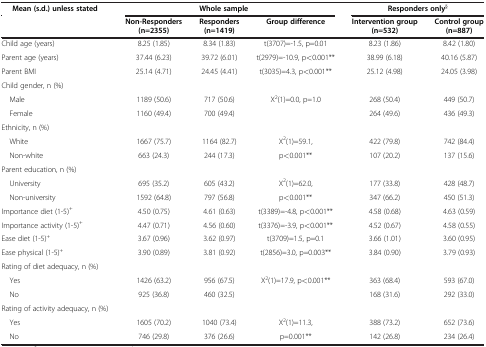
<table><thead><tr><td><b>Mean (s.d.) unless stated</b></td><td><b> </b></td><td colspan="2"><b>Whole sample</b></td><td colspan="2"><b>Responders only<sup>§</sup></b></td></tr><tr><td><b> </b></td><td><b>Non-Responders (n=2355)</b></td><td><b>Responders (n=1419)</b></td><td><b>Group difference</b></td><td><b>Intervention group (n=532)</b></td><td><b>Control group (n=887)</b></td></tr></thead><tbody><tr><td>Child age (years)</td><td>8.25 (1.85)</td><td>8.34 (1.83)</td><td>t(3707)=-1.5, p=0.01</td><td>8.23 (1.86)</td><td>8.42 (1.80)</td></tr><tr><td>Parent age (years)</td><td>37.44 (6.23)</td><td>39.72 (6.01)</td><td>t(2979)=-10.9, p&lt;0.001**</td><td>38.99 (6.18)</td><td>40.16 (5.87)</td></tr><tr><td>Parent BMI</td><td>25.14 (4.71)</td><td>24.45 (4.41)</td><td>t(3035)=4.3, p&lt;0.001**</td><td>25.12 (4.98)</td><td>24.05 (3.98)</td></tr><tr><td>Child gender, n (%)</td><td> </td><td> </td><td> </td><td> </td><td> </td></tr><tr><td> Male</td><td>1189 (50.6)</td><td>717 (50.6)</td><td>X<sup>2</sup>(1)=0.0, p=1.0</td><td>268 (50.4)</td><td>449 (50.7)</td></tr><tr><td> Female</td><td>1160 (49.4)</td><td>700 (49.4)</td><td> </td><td>264 (49.6)</td><td>436 (49.3)</td></tr><tr><td>Ethnicity, n (%)</td><td> </td><td> </td><td> </td><td> </td><td> </td></tr><tr><td> White</td><td>1667 (75.7)</td><td>1164 (82.7)</td><td>X<sup>2</sup>(1)=59.1,</td><td>422 (79.8)</td><td>742 (84.4)</td></tr><tr><td> Non-white</td><td>663 (24.3)</td><td>244 (17.3)</td><td>p&lt;0.001**</td><td>107 (20.2)</td><td>137 (15.6)</td></tr><tr><td>Parent education, n (%)</td><td> </td><td> </td><td> </td><td> </td><td> </td></tr><tr><td> University</td><td>695 (35.2)</td><td>605 (43.2)</td><td>X<sup>2</sup>(1)=62.0,</td><td>177 (33.8)</td><td>428 (48.7)</td></tr><tr><td> Non-university</td><td>1592 (64.8)</td><td>797 (56.8)</td><td>p&lt;0.001**</td><td>347 (66.2)</td><td>450 (51.3)</td></tr><tr><td>Importance diet (1-5)<sup>+</sup></td><td>4.50 (0.75)</td><td>4.61 (0.63)</td><td>t(3389)=-4.8, p&lt;0.001**</td><td>4.58 (0.68)</td><td>4.63 (0.59)</td></tr><tr><td>Importance activity (1-5)<sup>+</sup></td><td>4.47 (0.71)</td><td>4.56 (0.60)</td><td>t(3376)=-3.9, p&lt;0.001**</td><td>4.52 (0.67)</td><td>4.58 (0.55)</td></tr><tr><td>Ease diet (1-5)<sup>+</sup></td><td>3.67 (0.96)</td><td>3.62 (0.97)</td><td>t(3709)=1.5, p=0.1</td><td>3.66 (1.01)</td><td>3.60 (0.95)</td></tr><tr><td>Ease physical (1-5)<sup>+</sup></td><td>3.90 (0.89)</td><td>3.81 (0.92)</td><td>t(2856)=3.0, p=0.003**</td><td>3.84 (0.90)</td><td>3.79 (0.93)</td></tr><tr><td>Rating of diet adequacy, n (%)</td><td> </td><td> </td><td> </td><td> </td><td> </td></tr><tr><td> Yes</td><td>1426 (63.2)</td><td>956 (67.5)</td><td>X<sup>2</sup>(1)=17.9, p&lt;0.001**</td><td>363 (68.4)</td><td>593 (67.0)</td></tr><tr><td> No</td><td>925 (36.8)</td><td>460 (32.5)</td><td> </td><td>168 (31.6)</td><td>292 (33.0)</td></tr><tr><td>Rating of activity adequacy, n (%)</td><td> </td><td> </td><td> </td><td> </td><td> </td></tr><tr><td> Yes</td><td>1605 (70.2)</td><td>1040 (73.4)</td><td>X<sup>2</sup>(1)=11.3,</td><td>388 (73.2)</td><td>652 (73.6)</td></tr><tr><td> No</td><td>746 (29.8)</td><td>376 (26.6)</td><td>p=0.001**</td><td>142 (26.8)</td><td>234 (26.4)</td></tr></tbody></table>